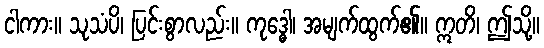
ငါကား။ သုသံပိ၊ ပြင်းစွာလည်း။ ကုဒ္ဓေါ၊ အမျက်ထွက်၏။ ဣတိ၊ ဤသို့။